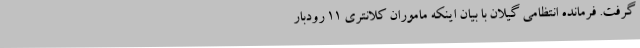
گرفت. فرمانده انتظامی گیلان با بیان اینکه ماموران کلانتری 11 رودبار